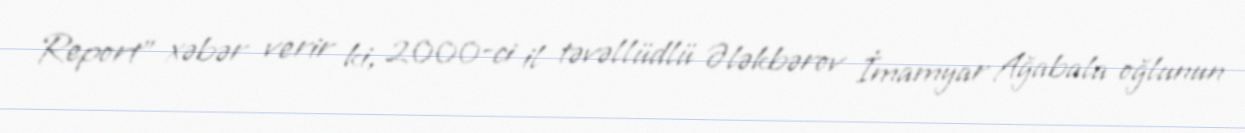
Report" xəbər verir ki, 2000-ci il təvəllüdlü Ələkbərov İmamyar Ağabala oğlunun